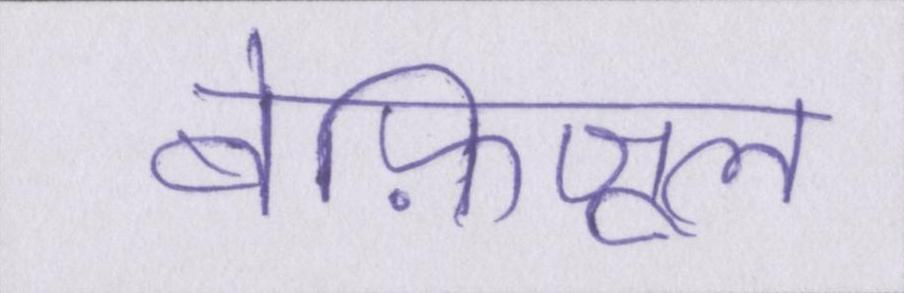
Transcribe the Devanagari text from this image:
बेफ़िजूल